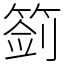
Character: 䈩